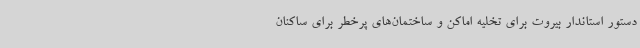
دستور استاندار بیروت برای تخلیه اماکن و ساختمان‌های پرخطر برای ساکنان